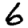
Digit: 6